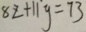
8 z + 1 1 y = 7 3